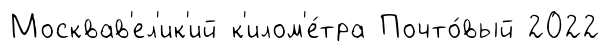
Москвав'ел'ик'ий к'илом'е́тра Почто́вый 2022